Document type: Enfranchisement
Year: 1297
Scribe: Jaume de Trilla
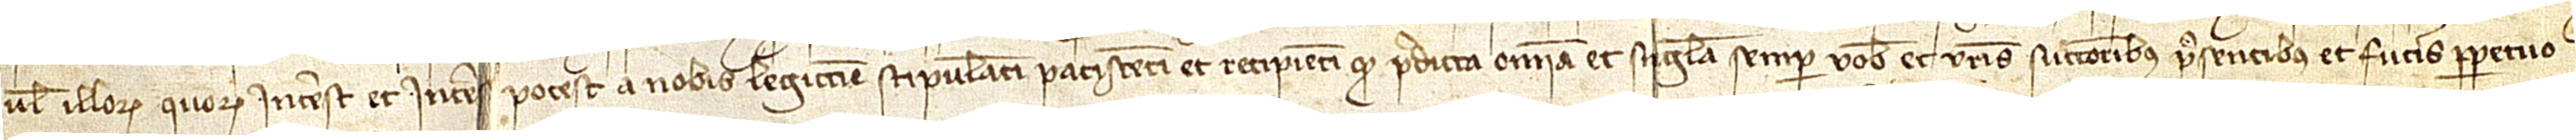
vel illorum quorum interest et interesse potest a nobis legittime stipulanti, paciscenti et recipienti quod predicta omnia et singula semper vobis et vestris successoribus presentibus et futuris perpetuo